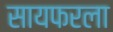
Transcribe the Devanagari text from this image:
सायफरला